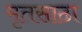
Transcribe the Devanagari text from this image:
मृतसाठा